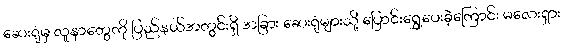
ဆေးရုံမှ လူနာတွေကို ပြည်နယ်အတွင်းရှိ အခြား ဆေးရုံများသို့ ပြောင်းရွှေ့ပေးခဲ့ကြောင်း မလေးရှား